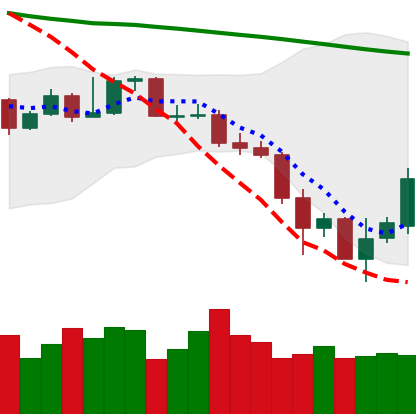
Ticker: XMR-USD
Chart end date: 2019-11-27
Forward return: -3.451%
Label: down_3_5